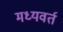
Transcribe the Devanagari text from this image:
मध्यवर्त